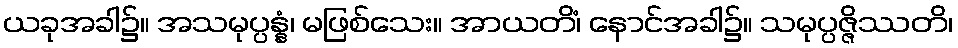
ယခုအခါ၌။ အသမုပ္ပန္နံ၊ မဖြစ်သေး။ အာယတိံ၊ နောင်အခါ၌။ သမုပ္ပဇ္ဇိဿတိ၊